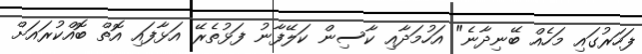
ފަހަރުގައި މަހެއް ބޭނިދާނެ" އަހުމަދާއި ކާސިން ކަލޭފާނު ފަޅުތެރޭ އަޅާފައި އޮތް ބޮއްކުރައަށް